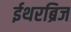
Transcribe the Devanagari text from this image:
ईथरब्रिज